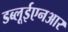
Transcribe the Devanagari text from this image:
डब्लूईएनआर